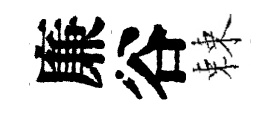
廉谷棘